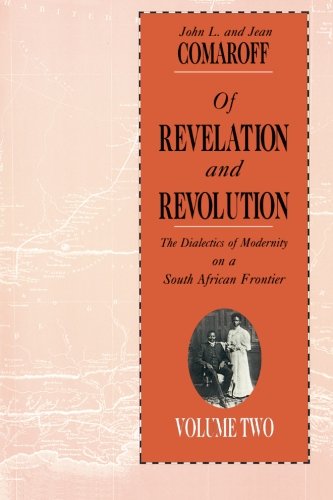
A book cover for Of Revelation and Revolution, Volume 2: The Dialectics of Modernity on a South African Frontier; John L. Comaroff; History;